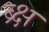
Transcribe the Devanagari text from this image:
ब्र्क्ष